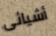
أشيائى